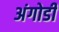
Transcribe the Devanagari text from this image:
अंगोडी